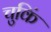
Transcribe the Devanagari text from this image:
चुकिं